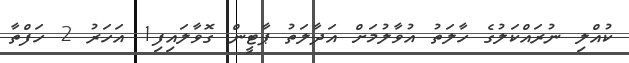
ކުއްލި ނުރައްކަލުގެ ހާލަތު އުވާލުމަށް އަދާލަތު ޕާޓީން ގޮވާލައިފި1 އަހަރު 2 ހަފްތާ